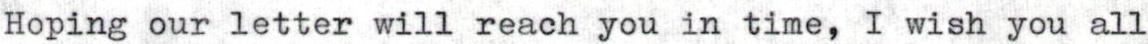
Hoping our letter will reach you in time, I wish you all